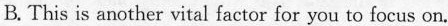
B. This is another vital factor for you to focus on.